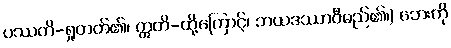
ပဿတိ-ရှုတတ်၏၊ ဣတိ-ထို့ကြောင့်၊ ဘယဒဿာဝီမည်၏၊) ဘေးကို